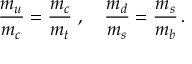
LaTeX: \frac { m _ { u } } { m _ { c } } = \frac { m _ { c } } { m _ { t } } ~ , ~ ~ ~ \frac { m _ { d } } { m _ { s } } = \frac { m _ { s } } { m _ { b } } \, .